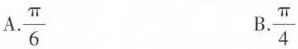
A. \frac{\pi}{6} B. \frac{\pi}{4}